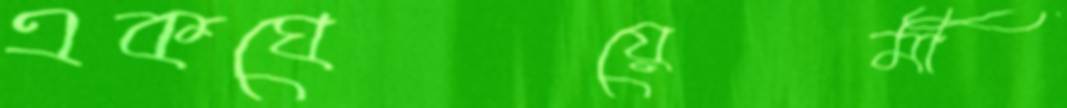
একঘেয়েমী